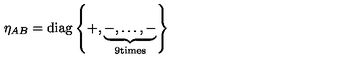
\eta _ { A B } = \mathrm { d i a g } \left\{ + , \underbrace { - , \dots , - } _ { \mathrm { 9 t i m e s } } \right\}